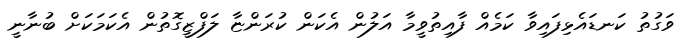
ވަގުތު ކަނޑައެޅިފައިވާ ކަމެއް ފާއިތުވީމާ އަލުން އެކަން ކުރަންޏާ ލަފްޒީގޮތުން އެކަމަކަށް ބުނާނީ